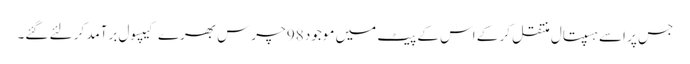
جس پر اسے ہسپتال منتقل کر کے اس کے پیٹ میں موجود 98 چرس بھرے کیپسول برآمد کر لئے گئے۔